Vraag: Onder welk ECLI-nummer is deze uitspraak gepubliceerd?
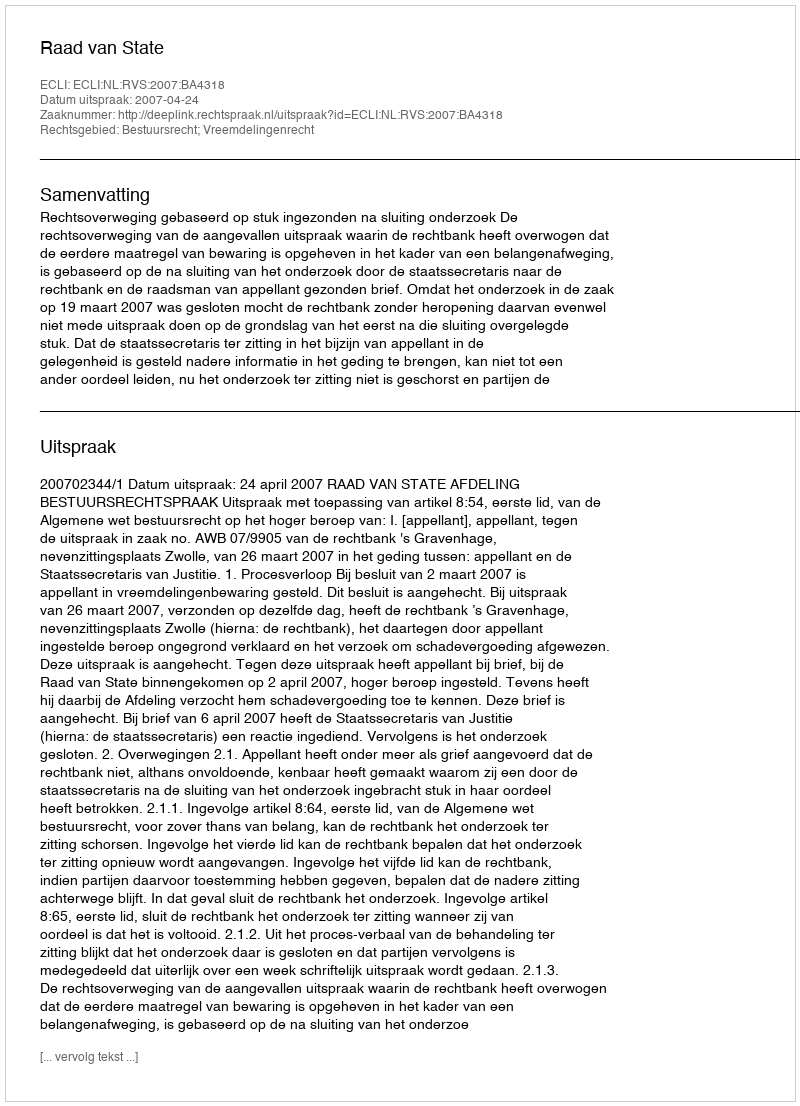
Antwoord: ECLI:NL:RVS:2007:BA4318